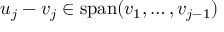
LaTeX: u _ { j } - v _ { j } \in \operatorname { s p a n } ( v _ { 1 } , \dotsc , v _ { j - 1 } )